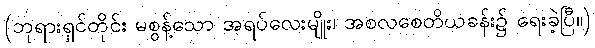
(ဘုရားရှင်တိုင်း မစွန့်သော အရပ်လေးမျိုး၊ အစလစေတိယခန်း၌ ရေးခဲ့ပြီ။)